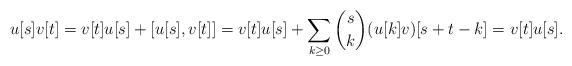
LaTeX: \begin{align*} u [s]v [t] = v [t] u [s] +[u [s] , v [t]] = v [t] u [s] +\sum_{k\geq 0} \binom{s}{k} (u [k] v)[s+t-k] = v [t] u [s]. \end{align*}